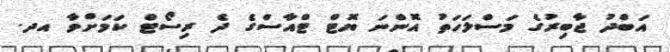
އަބްދު ޖާބިރުގެ މަސްލަހަތު އޮންނަ ޔޮޓް ޓްއާސްގެ ދެ ރިސޯޓް ކަމަށްވާ އދ.